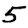
Digit: 5